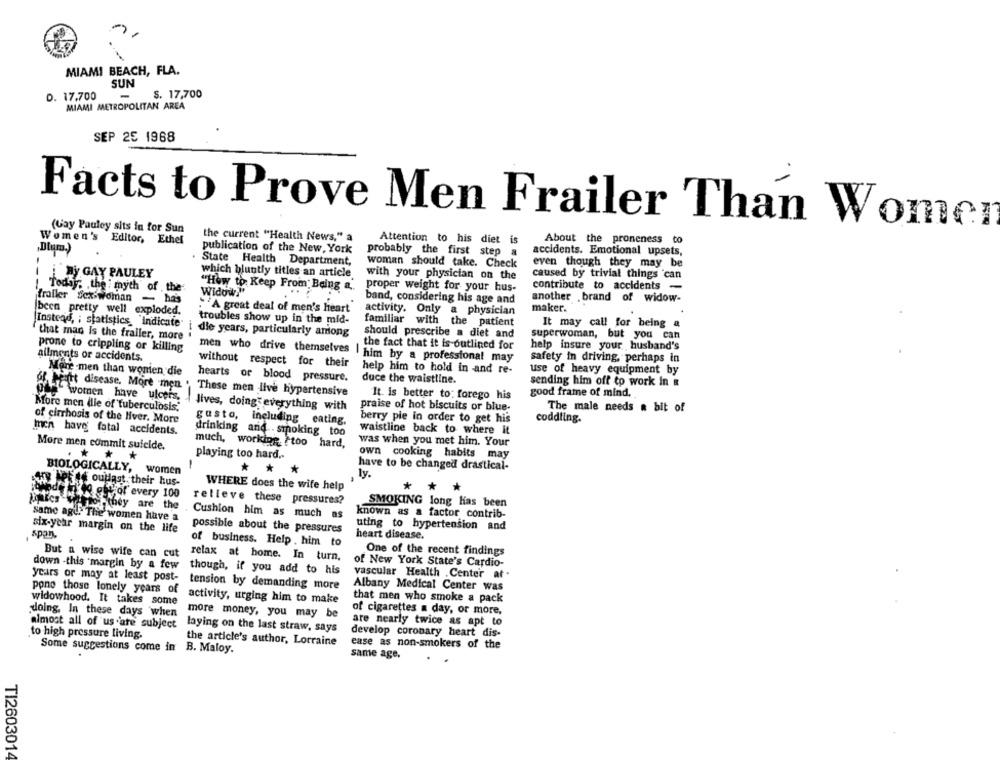
MIAMI BEACH, FLA.
SUN
D. 17.700
$. 17,700
MIAMI METROPOLITAN AREA
SEP 25 1968
Facts to Prove Men Frailer Than Womer
(Gay Pauley sits in for Sun
Women's Editor, Ethel
the current "Health News," a
Attention to his diet is
About the proneness to
„Dlum.)
publication of the New, York
probably the first step
accidents. Emotional upsets,
. State Health Department,
woman should take. Check
even though they may be
which bluntly titles an article
caused by trivial things can
By GAY PAULEY
with your physician on the
---
Today; the myth of the
"How to Keep From Being a.
proper weight for your hus-
contribute to accidents -
Widow!"
frailer Sex-woman - has
band, considering his age and
another .brand of widow-
been pretty well exploded.
.A great deal of men's heart
activity. Only a physician
maker.
troubles show up in the mid-
Instead, ; statistics "indicate
familiar with the patient
It may call for being a
die years, particularly among
should prescribe a diet and
superwoman, but you can
that man Is the frailer, more
prone to crippling or killing
men who drive themselves
the fact that it is-outlined for
help insure your husband's
allments or accidents.
him by a professional may
safety in driving, perhaps in
without respect for their
More .men than wonien die
help him to hold in and re-
use of heavy equipment by
hearts or blood pressure.
duce the waistline.
of heartt disease. More men
sending him off to work in &
These men live hypertensive
It. is better to: forego his
good frame of mind.
Women have ulcers,
More men ille of tuberculosis,
lives, doing everything with
praise of hot biscuits or blue-
The male needs a bit of
of cirrhosis of the liver. More
berry pie in order to get his
coddling.
gusto, including eating.
men have' fatal accidents.
drinking and . smoking too
waistline back to where it
was when you met him. Your
More men commit suicide.
much, working ?too hard,
playing too hard ..
own cooking habits may
-
BIOLOGICALLY,
women
*
*
*
have to be changed drastical-
ly.
Se lefte ouldast their hus-
WHERE does the wife help
***
ett of every 100
relleve these pressures?
Jantes Verlof they are the
SMOKING long has been
Same age. The women have a
Cushion him as much as
known as a factor contrib-
six-year margin on the life
possible about the pressures
uting to hypertension and
span
heart disease.
of business. Help , him to
But a wise wife can cut
One of the recent findings
relax at home. In turn,
of New York State's Cardio-
down -this margin by a few
though, if you add to his
years or may at least post-
vascular Health .Center at .
tension by demanding more
pono those lonely years of
Albany Medical Center was
widowhood. It takes some
activity, urging him to make
that men who smoke a pack
doing, In these days when
more money, you may be
of cigarettes a day, or more,
are nearly twice as apt to
almost all of us are subject
laying on the last straw, says
to high pressure living.
develop coronary heart dis-
the article's author, Lorraine
ease as non-smokers of the
Some suggestions come in B. Maloy.
same age,
TI2603014